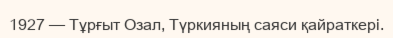
1927 — Тұрғыт Озал, Түркияның саяси қайраткері.